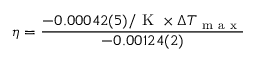
\eta = \frac { - 0 . 0 0 0 4 2 ( 5 ) / \mathrm { ~ K ~ } \times \Delta T _ { \mathrm { ~ m ~ a ~ x ~ } } } { - 0 . 0 0 1 2 4 ( 2 ) }